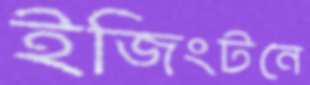
ইজিংটনে